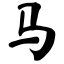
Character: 马